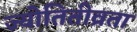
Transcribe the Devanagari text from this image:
ज्योतितीव्रता